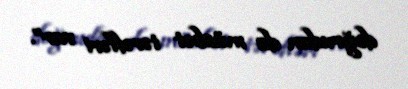
doğrudan da müsbət tərəfləri var”.